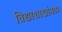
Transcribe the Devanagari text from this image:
विद्याशाखांमध्ये